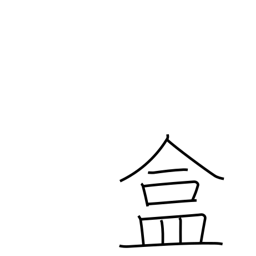
Meaning: covered utensil